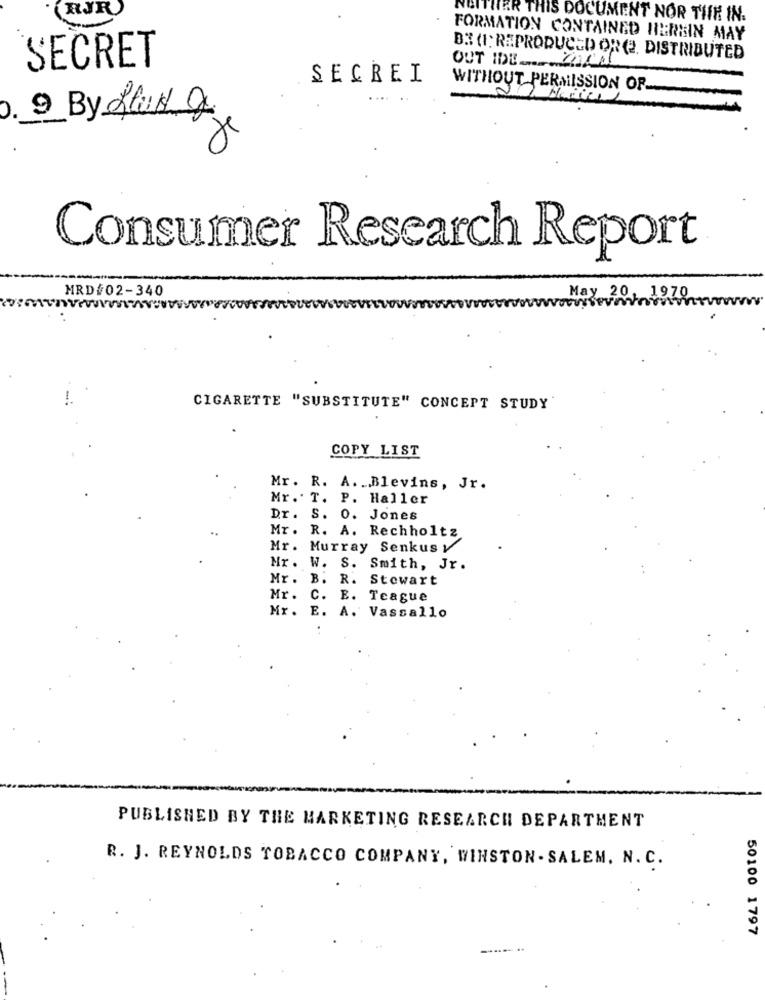
RJR
NEITHER THIS DOCUMENT NOR THE IN.
FORMATION CONTAINED HEREIN MAY
BI (1: REPRODUCED ORE, DISTRIBUTED
SECRET
OUT IDE __ CORAL
SECREI
WITHOUT PERMISSION OF ...
9 By Slut 2
Consumer Research Report
MRD/02-340
May 20, 1978
CIGARETTE "SUBSTITUTE" CONCEPT STUDY
COPY LIST
Mr. R. A. . Blevins, Jr.
Mr. T. P. Haller
Dr. S. O. Jones
Mr. R. A. Rechholtz
Mr. Murray Senkus y
Mr. W. S. Smith, Jr.
Mr. B. R. Stewart
Mr .
C. E. Teague
Mr .
E. A. Vassallo
PUBLISHED BY THE MARKETING RESEARCH DEPARTMENT
R. J. REYNOLDS TOBACCO COMPANY, WINSTON - SALEM. N. C.
50100 1797
..... ..